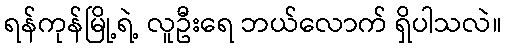
ရန်ကုန်မြို့ရဲ့ လူဦးရေ ဘယ်လောက် ရှိပါသလဲ။